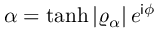
\alpha = \operatorname { t a n h } \vert \varrho _ { \alpha } \vert \, e ^ { \mathsf { i } \phi }